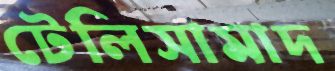
টেলিসামাদ